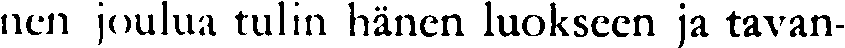
nen joulua tulin hänen luokseen ja tavan-